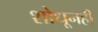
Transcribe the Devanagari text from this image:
शोधूनही